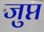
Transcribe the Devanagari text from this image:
जुप्त